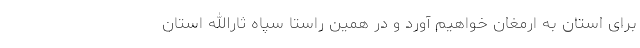
برای استان به ارمغان خواهیم آورد و در همین راستا سپاه ثارالله استان